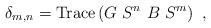
LaTeX: \begin{align*}\delta_{m,n}=\operatorname*{Trace}\left( G~S^{n}~B~S^{m}\right) \ ,\end{align*}